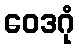
ဝေဒဂုံ